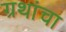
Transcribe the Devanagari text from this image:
ग्रथांचा